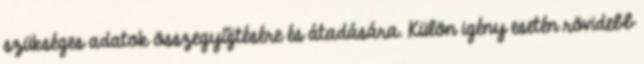
szükséges adatok összegyűjtésére és átadására. Külön igény esetén rövidebb